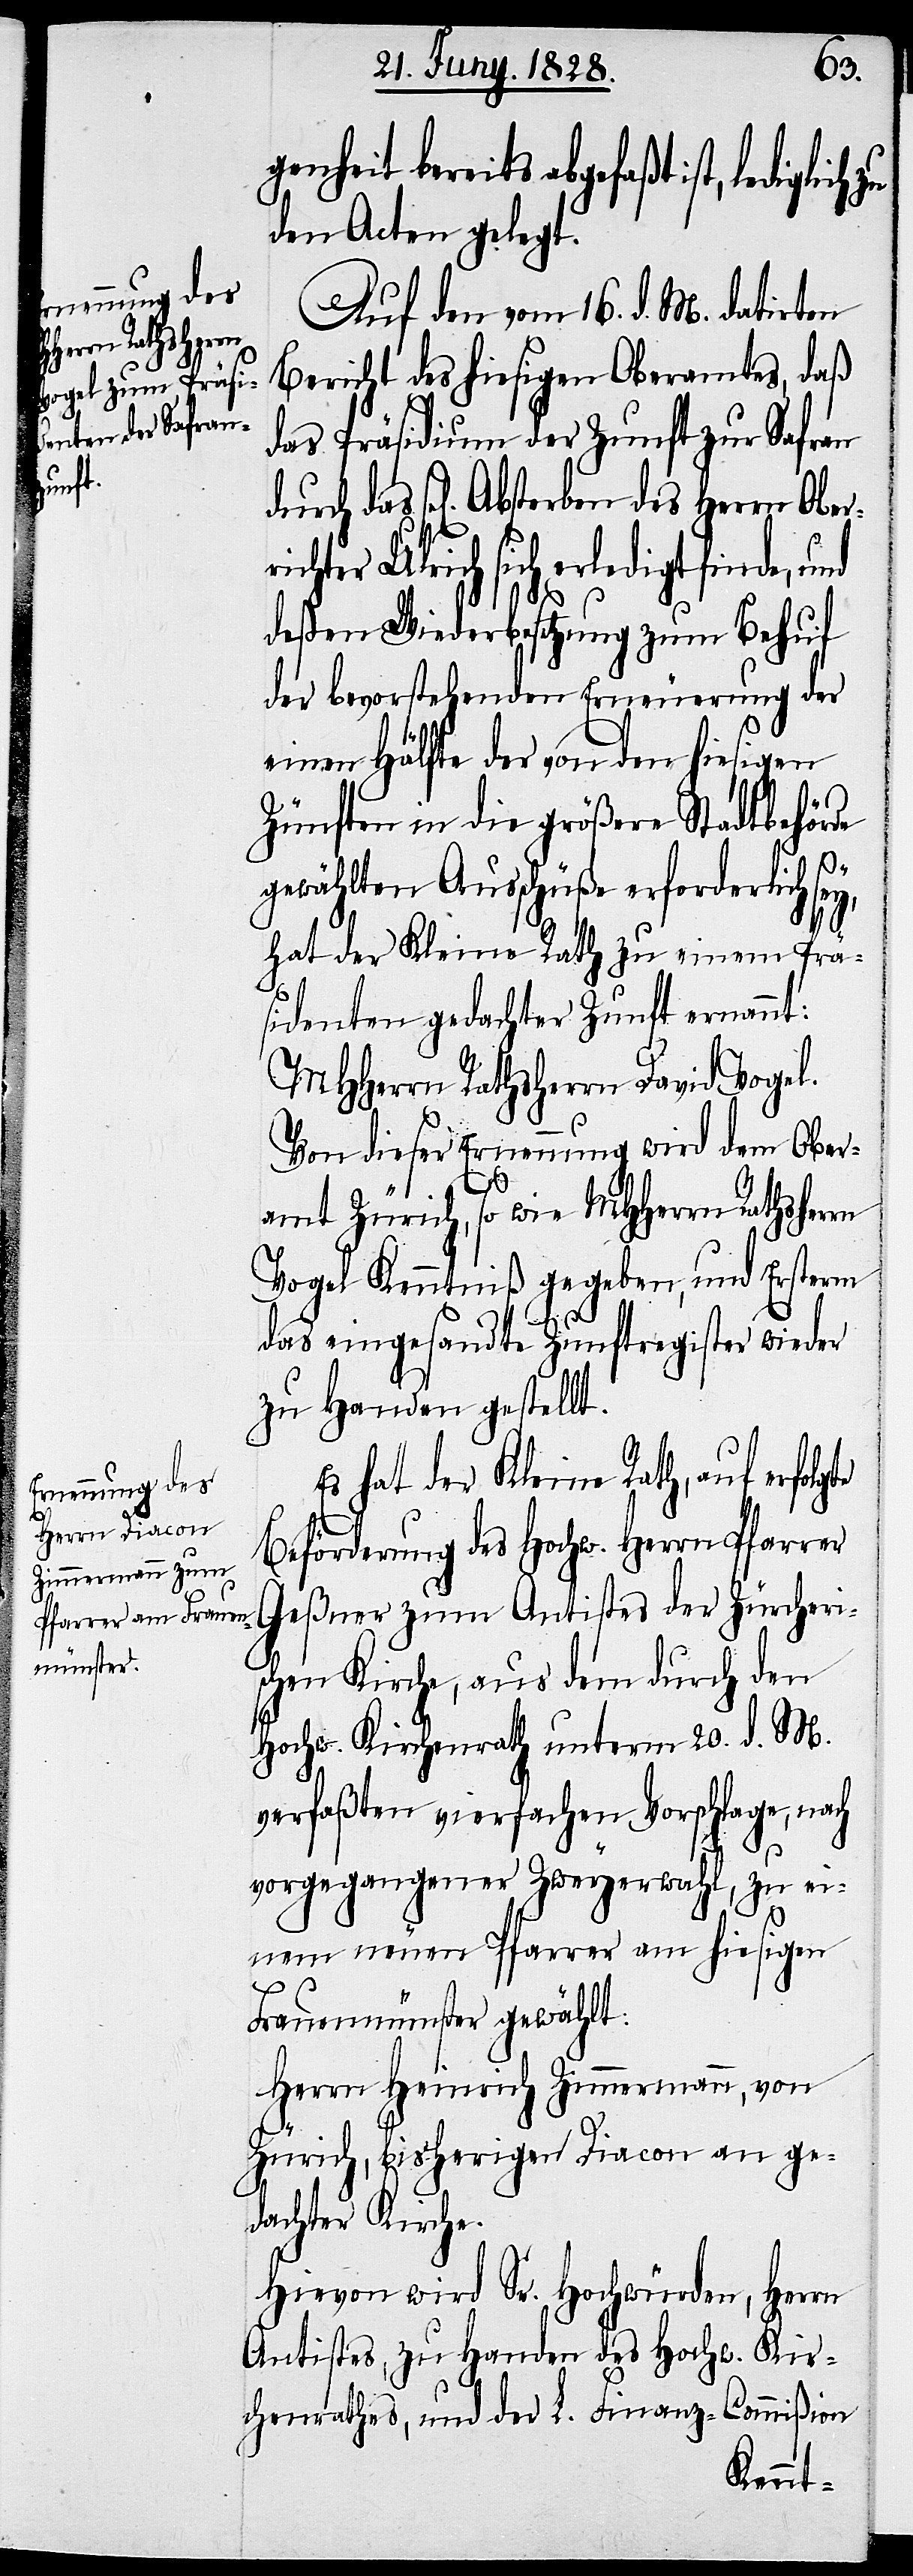
errichter Ulr¬

Ob¬
genheit bereits abgefaßt ist, lediglich
den Acten gelegt.
Auf den vom 16. d. M. datirten
Bericht des hiesigen Oberamtes, daß
das Präsidium der Zunft zur Safran
ich sich erledigt finde, und
deßen Wiederbesetzung zum Behuf
der bevorstehenden Erneuerung der
einen Hälfte der von den hiesigen
Zünften in die größere Stadtbehörde
gewählten Ausschüße erforderlich
hat der Kleine Rath zu einem Prä¬
sidenten gedachter Zunft ernannt:
MHHerrn Rathsherrn David Vogel.
Von dieser Ernennung wird dem Ober¬
amt Zürich, so wie MHHerrn Rathsherrn
Vogel Kenntniß gegeben, und Ersterm
das eingesandte Zunftregister wieder
zu Handen gestellt.
Es hat der Kleine Rath, auf erfolgte
des
Beförderung des Hochw. Herrn Pfarrer
Geßner zum Antistes der Züricheri¬
schen Kirche, aus den durch den
Hochw. Kirchenrath unterm 20. d. M.
verfaßten vierfachen Vorschlage, nach
vorgegangener Zweyerwahl, zu ei¬
nem neuen Pfarrer am hiesigen
Frauenmünster gewählt:
Herrn Heinrich Zimmermann, von
Zürich, bisheriger Diacon an ge¬
dachter Kirche.
Hievon wird Sr. Hochwürden,
Herrn
Antistes, zu Handen des Hochw. Kir¬
chenrathes, und der L. Finanz-Commißion